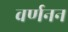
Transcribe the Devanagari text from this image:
वर्णनन